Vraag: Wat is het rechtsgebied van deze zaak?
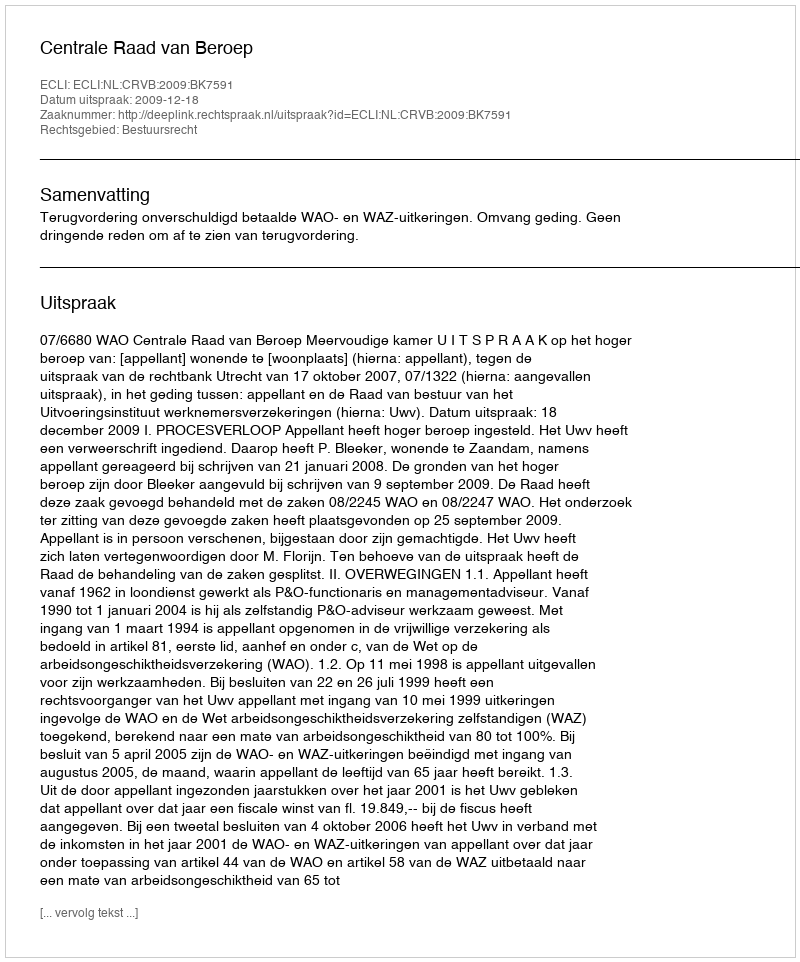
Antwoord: Bestuursrecht